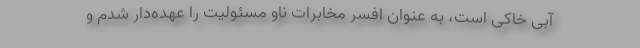
آبی خاکی است، به عنوان افسر مخابرات ناو مسئولیت را عهده‌دار شدم و